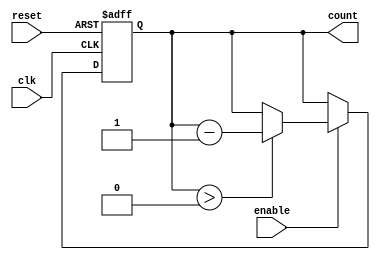
module down_counter (
    input wire clk,         // Clock signal
    input wire reset,       // Asynchronous reset signal
    input wire enable,      // Enable signal for counting down
    output reg [N-1:0] count // Count output
);
    parameter N = 3; // Number of bits for the counter (change as needed)
    parameter MAX_COUNT = (1 << N) - 1; // Maximum count value (2^N - 1)

    // State transition logic
    always @(posedge clk or posedge reset) begin
        if (reset) begin
            count <= MAX_COUNT; // Reset to maximum count
        end else if (enable) begin
            if (count > 0) begin
                count <= count - 1; // Decrement the count
            end
            // If count is already 0, it stays at 0
        end
        // If enable is not asserted, count retains its value
    end

endmodule